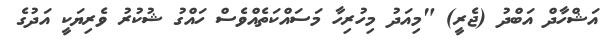
އަޝްހާދް އަބްދު (ޖެރީ) "މިއަދު މިހުރިހާ މަސައްކަތެއްވެސް ހައްގު ޝުކުރު ވެރިޔަކީ އަދުގެ